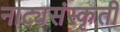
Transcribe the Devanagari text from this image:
नाट्यसंस्कृती